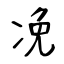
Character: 凂